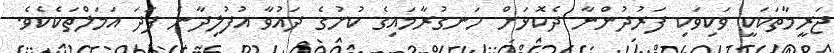
ޖަރީމާތަކަކީ ވަކިވަކި ފަރުދުންނާ ދެކޮޅަށް ހަނގުރާމައިގެ ކުށުގެ ދައުވާ އުފުލިދާނެ ފަދަ އަމަލްތަކެކެވެ.